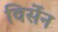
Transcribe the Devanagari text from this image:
विर्सेन